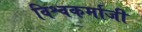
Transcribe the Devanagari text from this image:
विश्वकर्माजी